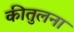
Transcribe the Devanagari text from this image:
कीतुलना